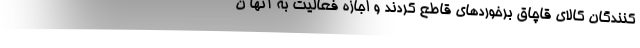
کنندگان کالای قاچاق برخوردهای قاطع کردند و اجازه فعالیت به آنها ن